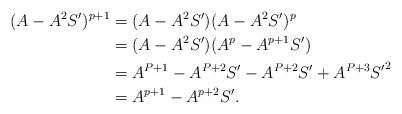
LaTeX: \begin{align*}(A-A^2 S')^{p+1}&=(A-A^2 S')(A-A^2 S')^p\\&=(A-A^2 S')(A^p-A^{p+1} S')\\&=A^{P+1}-A^{P+2}S'-A^{P+2}S'+A^{P+3} {S'}^2\\&=A^{p+1}-A^{p+2} S'.\end{align*}